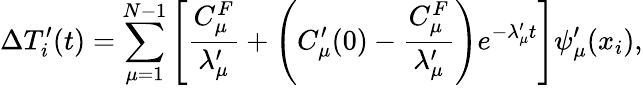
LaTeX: \Delta T_{i}^{\prime}(t)=\sum_{\mu=1}^{N-1}\left[\frac{C_{\mu}^{F}}{\lambda_{\mu}^{\prime}}+\left(C_{\mu}^{\prime}(0)-\frac{C_{\mu}^{F}}{\lambda_{\mu}^{\prime}}\right)e^{-\lambda_{\mu}^{\prime}t}\right]\psi_{\mu}^{\prime}(x_{i}),